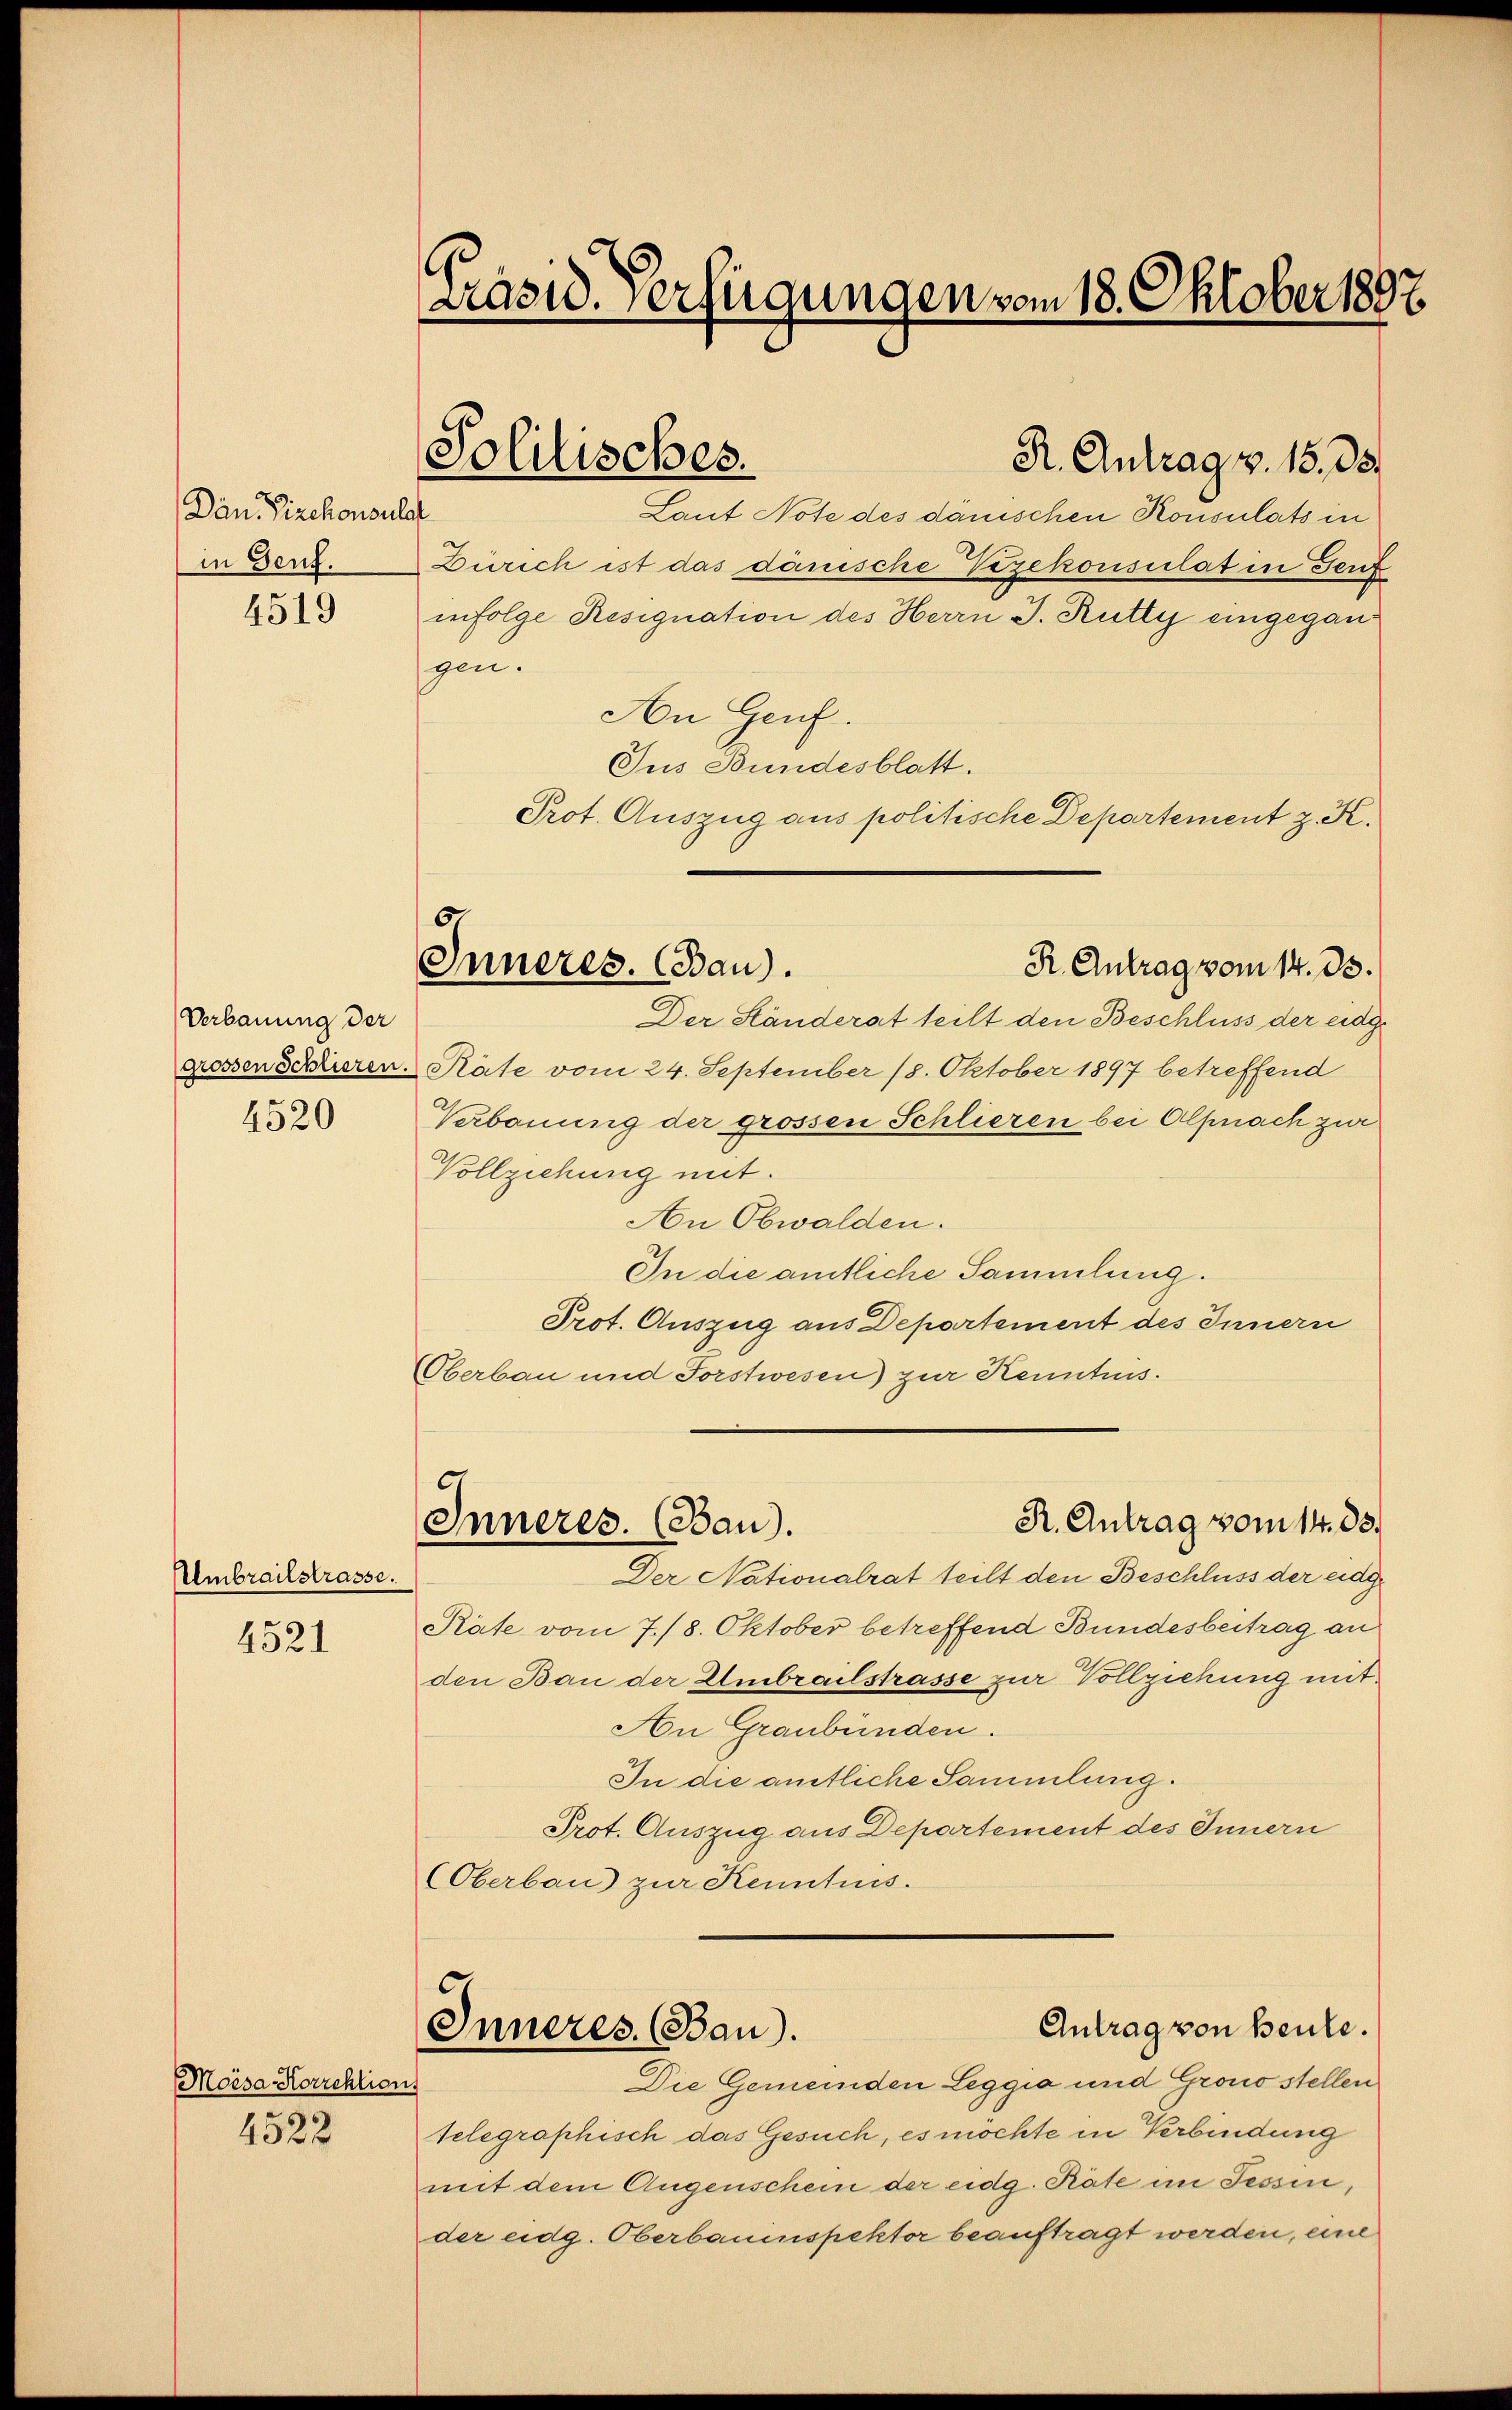
Dan. Vizekonsulat
4519
gen.

Verbauung der
grossen Schlieren.
4520

Ulmbrailstrasse.

4521

Moisa Korrektion
4522

Präsid. Verfügungen vom 18. Oktober 1897.

Politisches.

Laut Note des danischen Konsulats in
in Benz. Zürich ist das dänische Vizekonsulat in Teuf
infolge Resignation des Herrn J. Rutty eingegan¬
An Genf.
Jus Bundesblatt.
Prot. Auszug aus politische Departement z. K.
Inneres. (Bau).
R. Antrag vom 14. ds.
Der Ständerat teilt den Beschluss der eidg.
Räte vom 24. September 18. Oktober 1897 betreffend
Verbauung der grossen Schlieren bei Alpnach zur
Vollziehung mit.
An Obwalden.
In die amtliche Sammlung.
Prot. Auszug aus Departement des Innern
Oberbau und Forstwesen) zur Kenntnis.

R. Antrag v. 15. ds.

R. Antrag vom 14. ds.
Inneres. (Bau).

Antrag von heute.
Inneres. (Bau).
Die Gemeinden Leggia und Grono stellen

Der Nationalrat teilt den Beschluss der eidg
Räte vom 7./8. Oktober betreffend Bundesbertrag an
den Bau der Embrailstrasse zur Vollziehung mit
An Graubünden.
In die amtliche Sammlung.
Prot. Auszug aus Departement des Innern
(Oberbau) zur Kenntnis.

telegraphisch das Gesuch, es möchte in Verbindung
mit dem Augenschein der eidg. Räte im Tessin,
der eidg. Oberbauinspektor beauftragt werden, eine